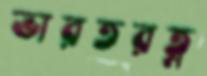
ভারতরত্ন